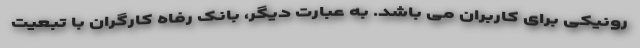
رونیکی برای کاربران می باشد. به عبارت دیگر، بانک رفاه کارگران با تبعیت